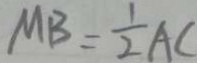
M B = \frac { 1 } { 2 } A C